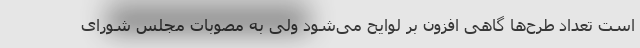
است تعداد طرح‌ها گاهی افزون بر لوایح می‌شود ولی به مصوبات مجلس شورای